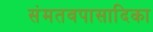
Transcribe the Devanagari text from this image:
संमतवपासादिका